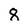
Character: 8